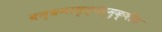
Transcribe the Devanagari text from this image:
बन्धनामृत्येर्मुक्षीय